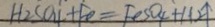
H _ { 2 } S O _ { 4 } + F e = F e S O _ { 4 } + H 2 \uparrow